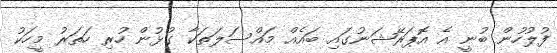
ފުލުހުން ބުނީ އެ އޮޕަރޭޝަނުގައި ބައެއް މައްސަލަތަކާ ގުޅުން ހުރި ހަތަރު މީހަކު